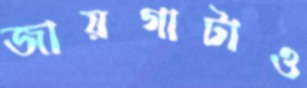
জায়গাটাও